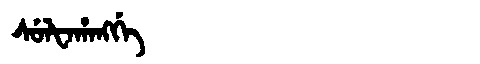
Manchu: ᠰᡠᠯᡶᠠᡥᠠᠩᡤᡝ
Romanization: SULFAHANGGE